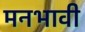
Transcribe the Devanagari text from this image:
मनभावी